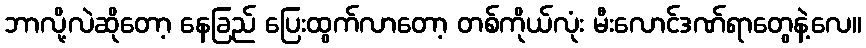
ဘာလို့လဲဆိုတော့ နေခြည် ပြေးထွက်လာတော့ တစ်ကိုယ်လုံး မီးလောင်ဒဏ်ရာတွေနဲ့လေ။